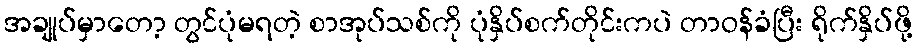
အချုပ်မှာတော့ တွင်ပုံမရတဲ့ စာအုပ်သစ်ကို ပုံနှိပ်စက်တိုင်းကပဲ တာဝန်ခံပြီး ရိုက်နှိပ်ဖို့